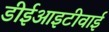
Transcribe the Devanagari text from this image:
डीईआइटीवाई